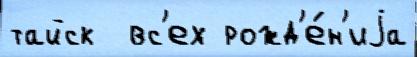
тайск  вс'ех рожд'е́н'иjа